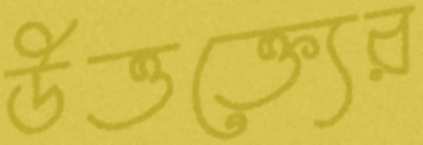
উত্তক্ত্যের